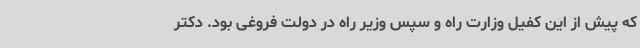
که پیش از این کفیل وزارت راه و سپس وزیر راه در دولت فروغی بود. دکتر